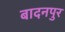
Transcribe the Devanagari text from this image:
बादनपुर